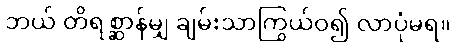
ဘယ် တိရစ္ဆာန်မျှ ချမ်းသာကြွယ်ဝ၍ လာပုံမရ။